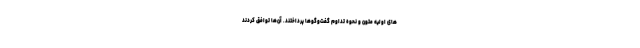
های اولیه متون و نحوه تداوم گفت‌وگوها پرداختند. آن‌ها توافق کردند